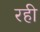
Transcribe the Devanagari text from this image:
रही